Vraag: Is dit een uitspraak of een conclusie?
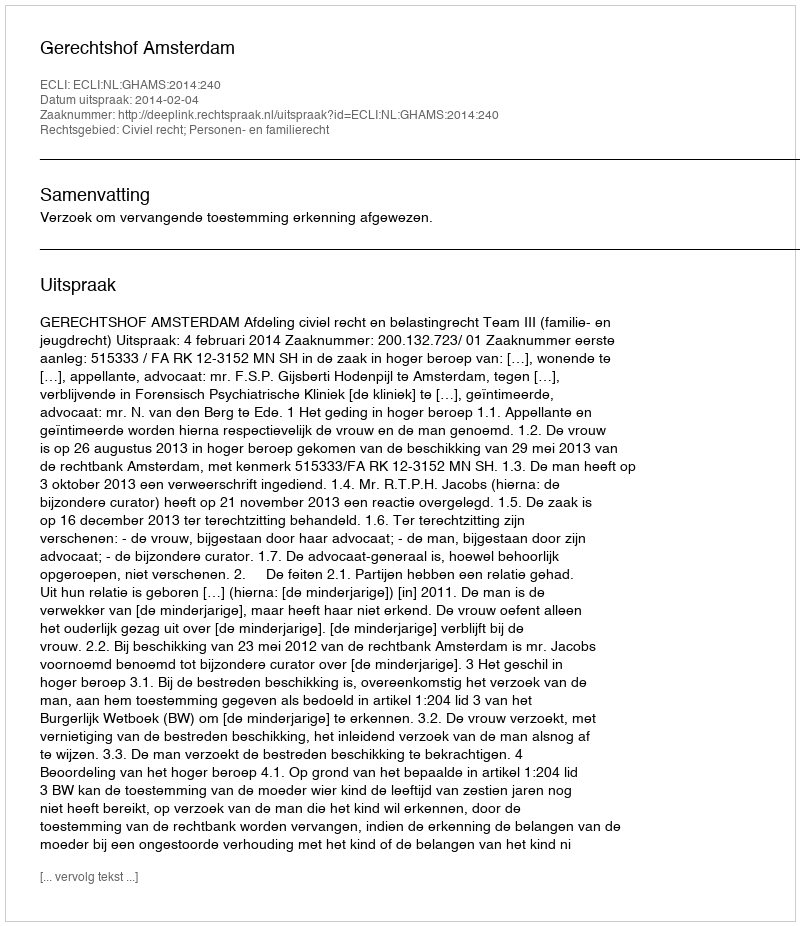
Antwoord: Uitspraak